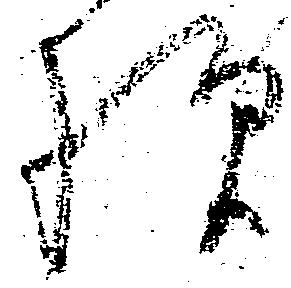
様